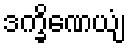
ဒက္ခိဏေယျံ